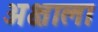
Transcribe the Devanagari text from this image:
अक्षाला